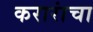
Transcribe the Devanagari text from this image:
करारांचा